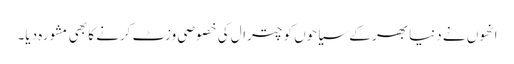
انھوں نے دنیا بھر کے سیاحوں کو چترال کی خصوصی وزٹ کرنے کا بھی مشورہ دیا۔